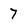
Character: 7